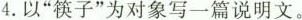
4. 以”筷子”为对象写一篇说明文。